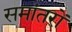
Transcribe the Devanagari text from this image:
समांतरों